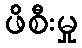
ဖိစီးမှု